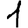
Digit: 1